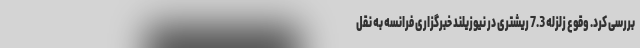
بررسی کرد. وقوع زلزله 7.3 ریشتری در نیوزیلند خبرگزاری فرانسه به نقل